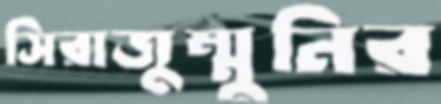
সিরাজুম্মুনির